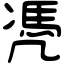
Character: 凴